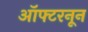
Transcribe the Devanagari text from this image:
ऑफ्टरनून